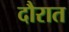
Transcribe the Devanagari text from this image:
दौरात